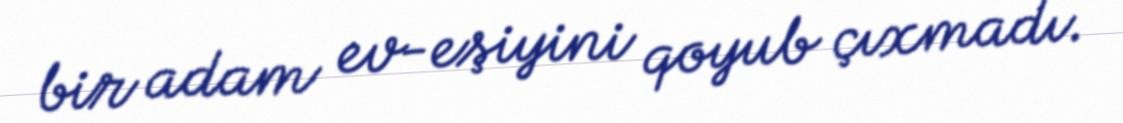
bir adam ev-eşiyini qoyub çıxmadı.